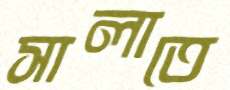
সালাতে